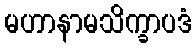
မဟာနာမသိက္ခာပဒံ